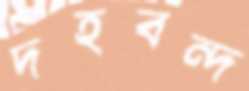
দহবন্দ